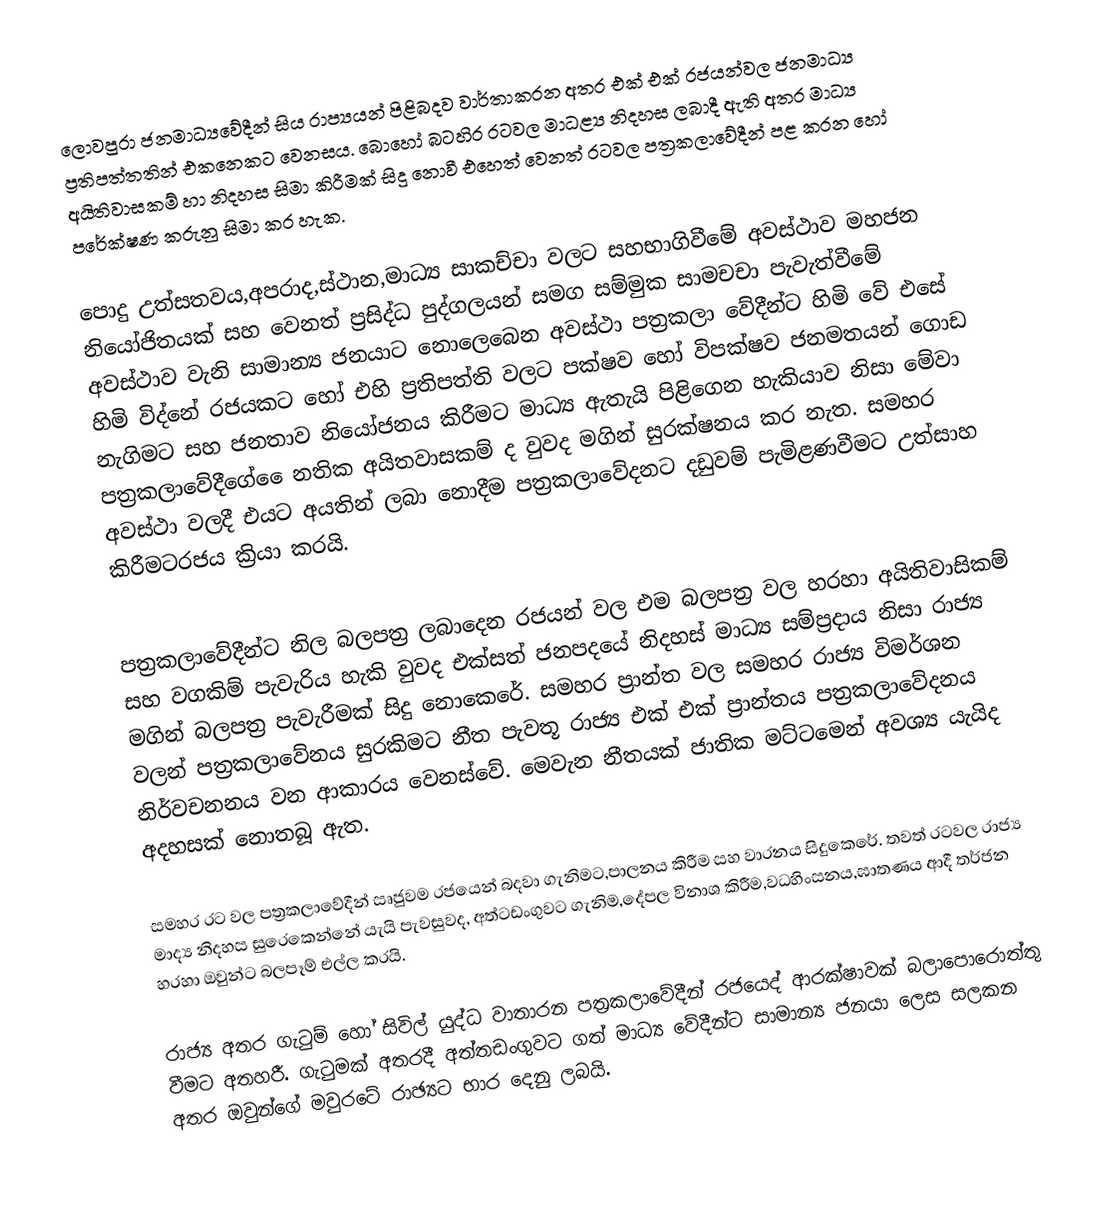
ලොවපුරා ජනමාධ්‍යවේදීන් සිය රාප්‍යයන් පිළිබදව වාර්තාකරන අතර එක් එක් රජයන්වල ජනමාධ්‍ය ප්‍රතිපත්තතින් එකනෙකට වෙනසය. බොහෝ බටහිර රටවල මාධළ්‍ය නිදහස ලබාදී ඇති අතර මාධ්‍ය අයිතිවාසකම් හා නිදහස සිමා කිරීමක් සිදු නොවී එහෙත් වෙනත් රටවල පත්‍රකලාවේදීන් පළ කරන හෝ පරේක්ෂණ  කරුනු සිමා කර හැක.

පොදු උත්සතවය,අපරාද,ස්ථාන,මාධ්‍ය සාකච්චා වලට සහභාගිවීමේ අවස්ථාව  මහජන නියෝජිතයක් සහ වෙනත් ප්‍රසිද්ධ පුද්ගලයන් සමග සම්මුක සාමචචා පැවැත්වීමේ අවස්ථාව වැනි සාමාන්‍ය ජනයාට  නොලෙබෙන අවස්ථා පත්‍රකලා වේදීන්ට හිමි වේ එසේ හිමි විද්නේ රජයකට හෝ එහි ප්‍රතිපත්ති වලට පක්ෂව හෝ විපක්ෂව ජනමතයන් ගොඩ නැගිමට සහ ජනතාව නියෝජනය කිරීමට මාධ්‍ය ඇතැයි පිළිගෙන හැකියාව නිසා මේවා පත්‍රකලාවේදීගේ ෙෙනතික අයිතවාසකම් ද වුවද මගින් සුරක්ෂනය කර නැත. සමහර අවස්ථා වලදී එයට  අයතින් ලබා නොදීම  පත්‍රකලාවේදනට දඩුවම් පැමිළණවීමට උත්සාහ කිරීමටරජය ක්‍රියා කරයි.

පත්‍රකලාවේදීන්ට නිල බලපත්‍ර ලබාදෙන රජයන් වල එම බලපත්‍ර වල හරහා අයිතිවාසිකම් සහ වගකිම් පැවැරිය හැකි වුවද එක්සත් ජනපදයේ නිදහස් මාධ්‍ය සම්ප්‍රදාය නිසා රාජ්‍ය මගින් බලපත්‍ර පැවැරීමක් සිදු නොකෙරේ. සමහර ප්‍රාන්ත වල සමහර රාජ්‍ය විමර්ශන වලන් පත්‍රකලාවේනය සුරකිමට නීත පැවතූ රාජ්‍ය එක් එක් ප්‍රාන්තය පත්‍රකලාවේදනය නිර්වචනනය වන ආකාරය වෙනස්වේ.  මෙවැන නීතයක් ජාතික මට්ටමෙන් අවශ්‍ය යැයිද අදහසක් නොතබූ ඇත.

සමහර රට වල පත්‍රකලාවේදීන් සෘජුවම රජයෙන් බදවා ගැනිමට,පාලනය කිරීම සහ වාරනය සිදුකෙරේ. තවත්‍  රටවල රාජ්‍ය මාද්‍ය නිදහස සුරෙකෙන්නේ යැයි පැවසුවද, අත්ටඩංගුවට ගැනිම,දේපල විනාශ කිරීම,වධහිංසනය,ඝාතණය ආදී තර්ජන හරහා ඔවුන්ට බලපෑම් එල්ල කරයි.

රාජ්‍ය අතර ගැටුම් හෝ  සිවිල් යුද්ධ වාතාරන පත්‍රකලාවේදීන් රජයෙද් ආරක්ෂාවක් බලාපොරොත්තු වීමට  අතහරී. ගැටුමක් අතරදී අත්තඩංගුවට ගත් මාධ්‍ය වේදීන්ට සාමාන්‍ය ජනයා ලෙස සලකන අතර  ඔවුන්ගේ මවුරටේ රාඡ්‍යට භාර දෙනු ලබයි.